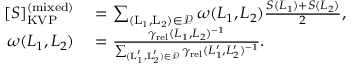
\begin{array} { r l } { [ S ] _ { \mathrm { K V P } } ^ { \mathrm { ( m i x e d ) } } } & { { } = \sum _ { \mathrm { ( L _ { 1 } , L _ { 2 } ) } \in \mathcal { P } } \omega ( L _ { 1 } , L _ { 2 } ) \frac { S ( L _ { 1 } ) + S ( L _ { 2 } ) } { 2 } , } \\ { \omega ( L _ { 1 } , L _ { 2 } ) } & { { } = \frac { \gamma _ { \mathrm { r e l } } ( L _ { 1 } , L _ { 2 } ) ^ { - 1 } } { \sum _ { \mathrm { ( L _ { 1 } ^ { \prime } , L _ { 2 } ^ { \prime } ) } \in \mathcal { P } } \gamma _ { \mathrm { r e l } } ( L _ { 1 } ^ { \prime } , L _ { 2 } ^ { \prime } ) ^ { - 1 } } . } \end{array}